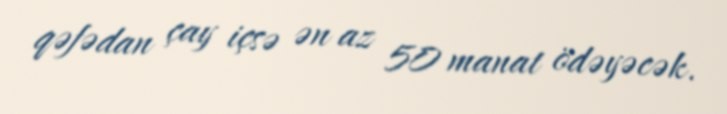
qəfədan çay içsə ən az 50 manat ödəyəcək.